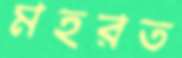
মহরত